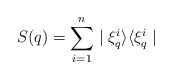
\begin{align*}\displaystyle S(q)=\sum_{i=1}^n\mid\xi_q^i\rangle\langle\xi_q^i\mid\end{align*}